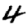
Digit: 4